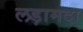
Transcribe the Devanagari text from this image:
लड़ामदा